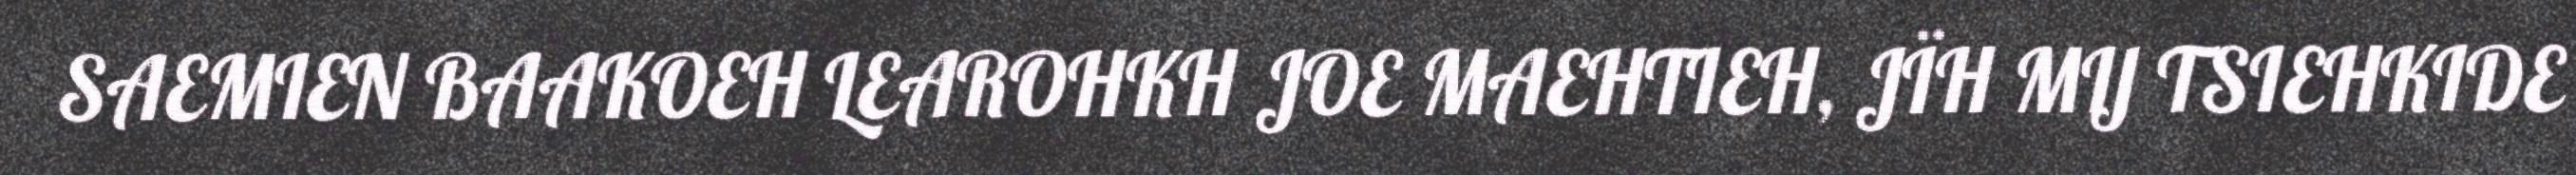
SAEMIEN BAAKOEH LEAROHKH JOE MAEHTIEH, JÏH MIJ TSIEHKIDE